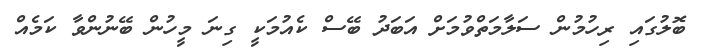
ބޮލުގައި ރިހުމުން ސަލާމަތްވުމަށް އަބަދު ބޭސް ކެއުމަކީ ގިނަ މީހުން ބޭނުންވާ ކަމެއް